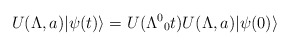
\begin{align*}U(\Lambda ,a)\vert \psi (t) \rangle = U(\Lambda^{0}{}_{0}t)U(\Lambda ,a)\vert \psi (0) \rangle\end{align*}